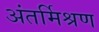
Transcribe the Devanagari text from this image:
अंतर्मिश्रण